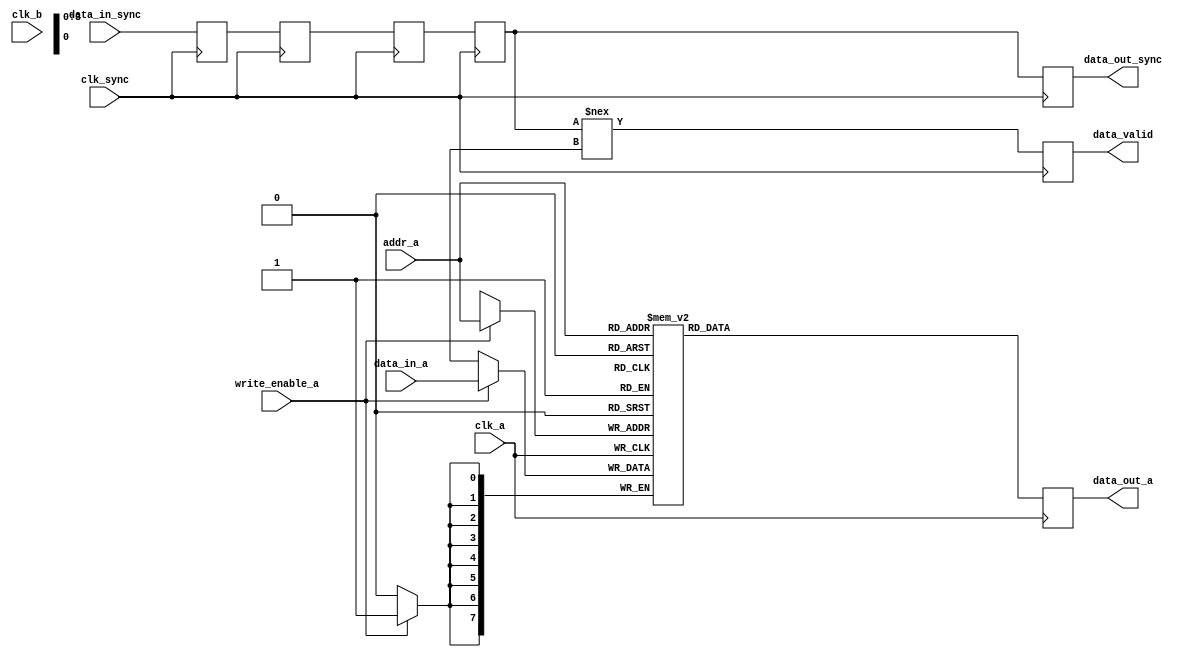
module memory_block #(
    parameter DATA_WIDTH = 8,      // Width of the data
    parameter ADDR_WIDTH = 4,      // Width of the address
    parameter MEMORY_DEPTH = 16     // Depth of memory
)(
    input  wire                     clk_a,           // Clock for memory access
    input  wire                     clk_b,           // Clock for delay line and sync operations
    input  wire [ADDR_WIDTH-1:0]   addr_a,          // Address for memory access
    input  wire [DATA_WIDTH-1:0]    data_in_a,      // Data input for write
    input  wire                     write_enable_a,  // Write enable for memory
    output reg [DATA_WIDTH-1:0]    data_out_a,     // Data output for read
    input  wire                     clk_sync,        // Clock for synchronization
    output reg                     data_valid,      // Valid signal for data output
    output reg [DATA_WIDTH-1:0]    data_out_sync,  // Synchronized data output
    input  wire [DATA_WIDTH-1:0]    data_in_sync    // Data input to sync
);

    // Memory Block (SRAM)
    reg [DATA_WIDTH-1:0] mem[0:MEMORY_DEPTH-1];

    // Safe Delay Line
    reg [DATA_WIDTH-1:0] delay_line[0:3]; // 3 flip-flops for delay
    integer i;

    // Write Operation
    always @(posedge clk_a) begin
        if (write_enable_a) begin
            mem[addr_a] <= data_in_a;
        end
    end

    // Read Operation
    always @(posedge clk_a) begin
        data_out_a <= mem[addr_a];
    end

    // Safe Delay Line Implementation
    always @(posedge clk_sync) begin
        // Shift the incoming data through the delay line
        delay_line[0] <= data_in_sync;
        for (i = 1; i < 4; i = i + 1) begin
            delay_line[i] <= delay_line[i-1];
        end
        // Output the last stage of the delay line
        data_out_sync <= delay_line[3];
        data_valid <= (delay_line[3] !== {DATA_WIDTH{1'bx}}); // Valid if not undefined
    end

endmodule